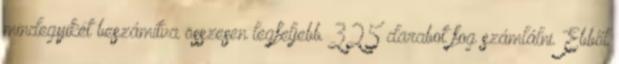
mindegyikét beszámítva összesen legfeljebb 325 darabot fog számlálni. Ebből